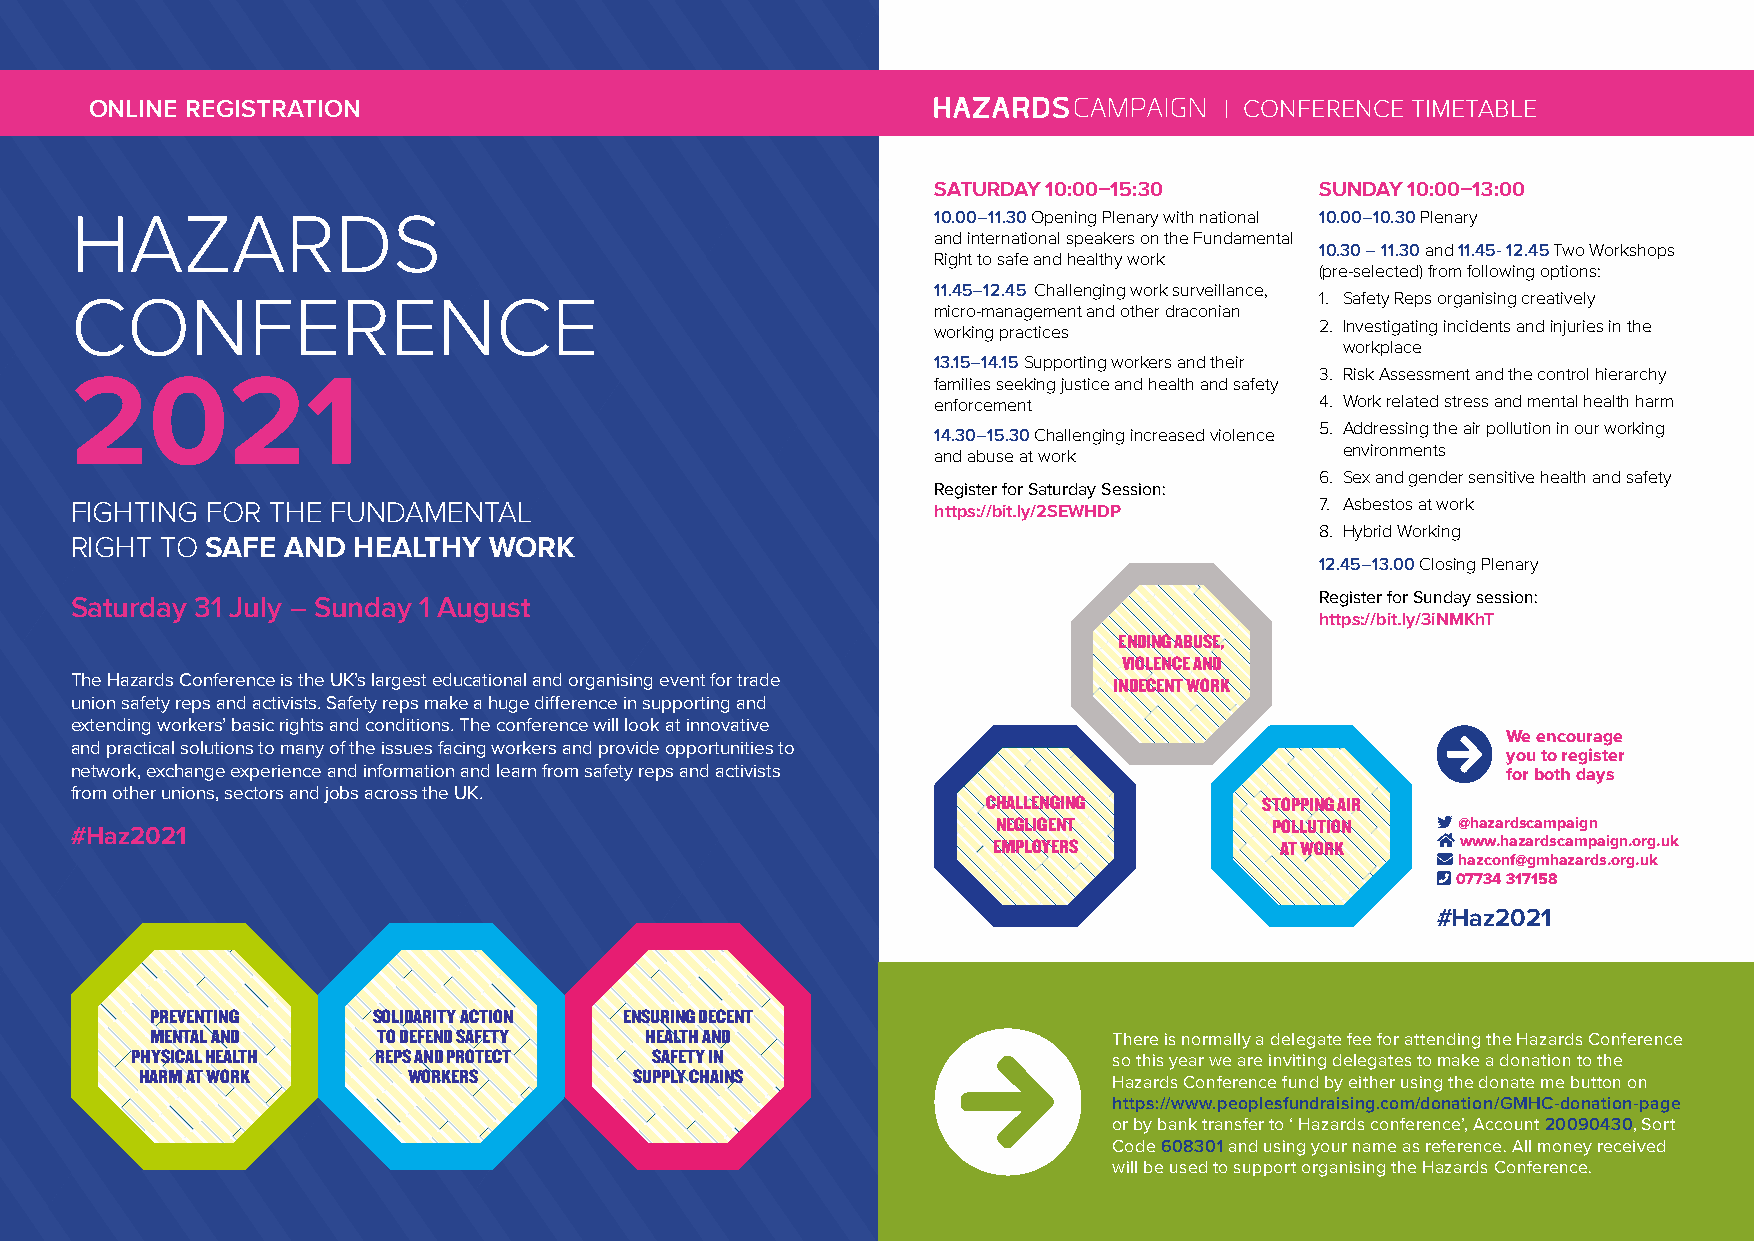
ONLINE REGISTRATION                                                        | CONFERENCE TIMETABLE
 SATURDAY 10:00–15:30     SUNDAY 10:00–13:00
 HAZARDS                                                  10.00–11.30 Opening Plenary with national 10.00–10.30 Plenary
 and international speakers on the Fundamental
 10.30 – 11.30 and 11.45- 12.45 Two Workshops
 Right to safe and healthy work
 (pre-selected) from following options:
 11.45–12.45 Challenging work surveillance,
 1. Safety Reps organising creatively
 CONFERENCE                                               micro-management and other draconian
 2. Investigating incidents and injuries in the
 working practices
 workplace
 13.15–14.15 Supporting workers and their
 3. Risk Assessment and the control hierarchy
 2021                                                     families seeking justice and health and safety
 enforcement              4. Work related stress and mental health harm
 5. Addressing the air pollution in our working
 14.30–15.30 Challenging increased violence
 environments
 and abuse at work
 6. Sex and gender sensitive health and safety
 Register for Saturday Session:
 FIGHTING FOR THE FUNDAMENTAL                             https://bit.ly/2SEWHDP   7. Asbestos at work
 8. Hybrid Working
 RIGHT TO SAFE AND HEALTHY  WORK
 12.45–13.00 Closing Plenary
 Saturday 31 July – Sunday 1 August                                                Register for Sunday session:
 https://bit.ly/3iNMKhT
 ENDING ABUSE,
 VIOLENCE AND
 The Hazards Conference is the UK’s largest educational and organising event for trade
 INDECENT WORK
 union safety reps and activists. Safety reps make a huge difference in supporting and
 extending workers’ basic rights and conditions. The conference will look at innovative
 We encourage
 and practical solutions to many of the issues facing workers and provide opportunities to
 you to register
 network, exchange experience and information and learn from safety reps and activists          for both days
 from other unions, sectors and jobs across the UK.
 CHALLENGING        STOPPING AIR
 #Haz2021                                                     EN MEG PLL OIG YE EN RT S P AO TL L WU OT RIO KN   @ wh wa wza .hr ad zs ac ra dm sp caa mig pn aign.org.uk
  hazconf@gmhazards.org.uk
  07734 317158
 #Haz2021
 PREVENTING     SOLIDARITY ACTION ENSURING DECENT
 MENTAL AND     TO DEFEND SAFETY  HEALTH AND                     There is normally a delegate fee for attending the Hazards Conference
 PHYSICAL HEALTH REPS AND PROTECT  SAFETY IN                      so this year we are inviting delegates to make a donation to the
 HARM AT WORK      WORKERS        SUPPLY CHAINS                   Hazards Conference fund by either using the donate me button on
 https://www.peoplesfundraising.com/donation/GMHC-donation-page
 or by bank transfer to ‘ Hazards conference’, Account 20090430, Sort
 Code 608301 and using your name as reference. All money received
 will be used to support organising the Hazards Conference.